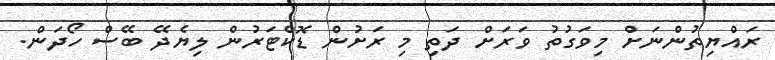
ރައްޔިތުންނަށް މިވަގުތު ވަރަށް ދަތި މި ރަށުން ޑޮކްޓަރުން ލިޔެދޭ ބޭސް ހޯދަން.